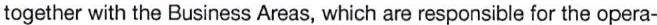
together with the Business Areas, which are responsible for the opera-